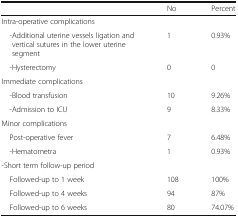
<table><thead><tr><td></td><td><b>No</b></td><td><b>Percent</b></td></tr></thead><tbody><tr><td colspan="3">Intra-operative complications</td></tr><tr><td> -Additional uterine vessels ligation and vertical sutures in the lower uterine segment</td><td>1</td><td>0.93%</td></tr><tr><td> -Hysterectomy</td><td>0</td><td>0</td></tr><tr><td colspan="3">Immediate complications</td></tr><tr><td> -Blood transfusion</td><td>10</td><td>9.26%</td></tr><tr><td> -Admission to ICU</td><td>9</td><td>8.33%</td></tr><tr><td>Minor complications</td><td></td><td></td></tr><tr><td> Post-operative fever</td><td>7</td><td>6.48%</td></tr><tr><td> -Hematometra</td><td>1</td><td>0.93%</td></tr><tr><td colspan="3">-Short term follow-up period</td></tr><tr><td> Followed-up to 1 week</td><td>108</td><td>100%</td></tr><tr><td> Followed-up to 4 weeks</td><td>94</td><td>87%</td></tr><tr><td> Followed-up to 6 weeks</td><td>80</td><td>74.07%</td></tr></tbody></table>